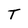
Character: T